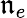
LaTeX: \mathfrak{n}_{e}